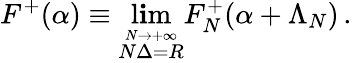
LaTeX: F^{+}(\alpha)\equiv\operatorname*{l\mathbf{i}m}_{\stackrel{N\rightarrow+\infty}{N\Delta=R}}F_{N}^{+}(\alpha+\Lambda_{N})\, .